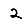
Digit: 2